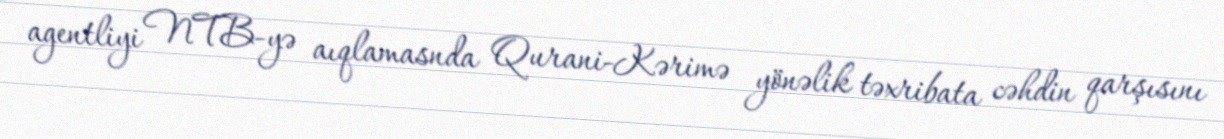
agentliyi NTB-yə aıqlamasnda Qurani-Kərimə yönəlik təxribata cəhdin qarşısını